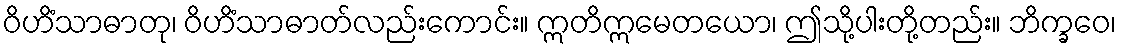
ဝိဟိံသာဓာတု၊ ဝိဟိံသာဓာတ်လည်းကောင်း။ ဣတိဣမေတယော၊ ဤသို့ပါးတို့တည်း။ ဘိက္ခဝေ၊